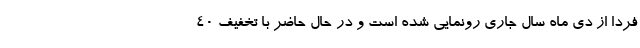
فردا از دی ماه سال جاری رونمایی شده است و در حال حاضر با تخفیف 40